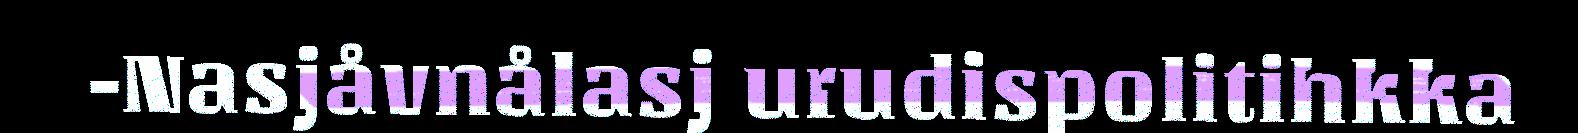
-Nasjåvnålasj urudispolitihkka